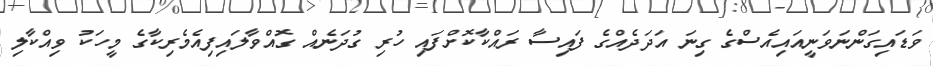
ވަޑައިގަންނަވަނީއައިއެސްގެ ގިނަ އަދަދެއްގެ ފައިސާ ރައްކާކޮށްފައި ހުރި ގުދަނެއް ގޮއްވާލައިފިއެމެރިކާގެ މީީހަކު ވިއްކާލި